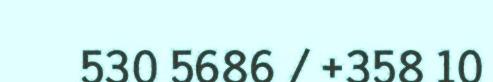
530 5686 / +358 10